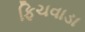
ફિચવાડા